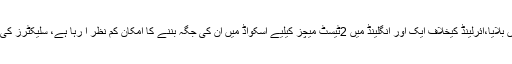
ذرائع کے مطابق سلیکٹرزنے میڈیا اور شائقین کی تنقیدکے بعد صرف دباؤکم کرنے کیلیے انھیں بلایا،آئرلینڈ کیخلاف ایک اور انگلینڈ میں 2ٹیسٹ میچز کیلیے اسکواڈ میں ان کی جگہ بننے کا امکان کم نظر آ رہا ہے، سلیکٹرز کی قریبی شخصیات نے ابھی سے اس حوالے سے لوگوں کو ذہنی طور پر تیار کرنا شروع کر دیا۔